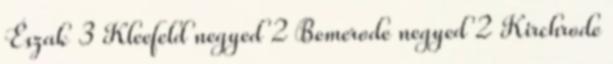
Észak 3 Kleefeld negyed 2 Bemerode negyed 2 Kirchrode